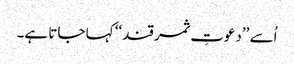
اُسے ’’دعوتِ ثمر قند‘‘ کہا جاتا ہے۔